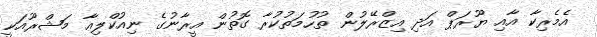
އެމެރިކާ އާއި ޔޫރަޕް އަދި އިޒްރޭލުން ތުހުމަތުކުރާ ގޮތުން އީރާނުގެ ނިއުކްލިއާ މަޝްރޫއަކީ